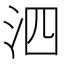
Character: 泗